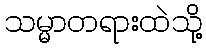
သမ္မာတရားထဲသို့